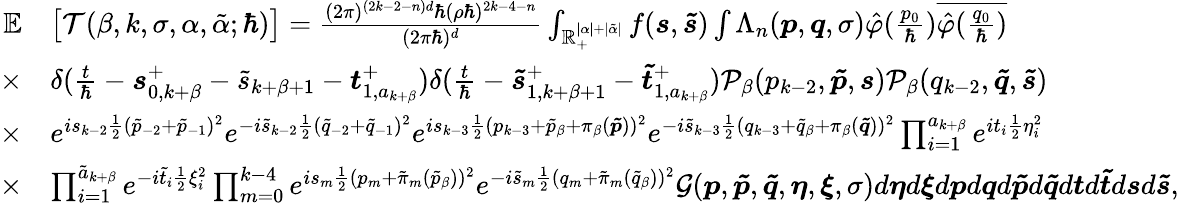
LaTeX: \begin{array}{rl}{\mathbb{E}}&{\big[\mathcal{T}(\beta,k,\sigma,\alpha,\tilde{\alpha};\hbar)\big]=\frac{(2\pi)^{(2k-2-n)d}\hbar(\rho\hbar)^{2k-4-n}}{(2\pi\hbar)^{d}}\int_{\mathbb{R}_{+}^{|\alpha|+|\tilde{\alpha}|}}f(\boldsymbol{s},\boldsymbol{\tilde{s}})\int\Lambda_{n}(\boldsymbol{p},\boldsymbol{q},\sigma)\hat{\varphi}(\frac{p_{0}}{\hbar})\overline{{\hat{\varphi}(\frac{q_{0}}{\hbar})}}}\\ {\times}&{\delta(\frac{t}{\hbar}-\boldsymbol{s}_{0,k+\beta}^{+}-\tilde{s}_{k+\beta+1}-\boldsymbol{t}_{1,a_{k+\beta}}^{+})\delta(\frac{t}{\hbar}-\boldsymbol{\tilde{s}}_{1,k+\beta+1}^{+}-\boldsymbol{\tilde{t}}_{1,a_{k+\beta}}^{+})\mathcal{P}_{\beta}(p_{k-2},\boldsymbol{\tilde{p}},\boldsymbol{s})\mathcal{P}_{\beta}(q_{k-2},\boldsymbol{\tilde{q}},\boldsymbol{\tilde{s}})}\\ {\times}&{e^{is_{k-2}\frac{1}{2}(\tilde{p}_{-2}+\tilde{p}_{-1})^{2}}e^{-i\tilde{s}_{k-2}\frac{1}{2}(\tilde{q}_{-2}+\tilde{q}_{-1})^{2}}e^{is_{k-3}\frac{1}{2}(p_{k-3}+\tilde{p}_{\beta}+\pi_{\beta}(\boldsymbol{\tilde{p}}))^{2}}e^{-i\tilde{s}_{k-3}\frac{1}{2}(q_{k-3}+\tilde{q}_{\beta}+\pi_{\beta}(\boldsymbol{\tilde{q}}))^{2}}\prod_{i=1}^{a_{k+\beta}}e^{it_{i}\frac{1}{2}\eta_{i}^{2}}}\\ {\times}&{\prod_{i=1}^{\tilde{a}_{k+\beta}}e^{-i\tilde{t}_{i}\frac{1}{2}\xi_{i}^{2}}\prod_{m=0}^{k-4}e^{is_{m}\frac{1}{2}(p_{m}+\tilde{\pi}_{m}(\tilde{p}_{\beta}))^{2}}e^{-i\tilde{s}_{m}\frac{1}{2}(q_{m}+\tilde{\pi}_{m}(\tilde{q}_{\beta}))^{2}}\mathcal{G}(\boldsymbol{p},\boldsymbol{\tilde{p}},\boldsymbol{\tilde{q}},\boldsymbol{\eta},\boldsymbol{\xi},\sigma)d\boldsymbol{\eta}d\boldsymbol{\xi}d\boldsymbol{p}d\boldsymbol{q}d\boldsymbol{\tilde{p}}d\boldsymbol{\tilde{q}}d\boldsymbol{t}d\boldsymbol{\tilde{t}}d\boldsymbol{s}d\boldsymbol{\tilde{s}},}\end{array}